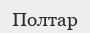
Полтар